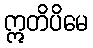
ဣတိပိမေ